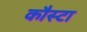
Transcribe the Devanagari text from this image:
कौस्टा